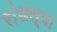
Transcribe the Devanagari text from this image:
रांधल्या